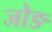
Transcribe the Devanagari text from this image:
जोङ